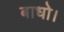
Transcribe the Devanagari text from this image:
बाधो।